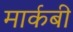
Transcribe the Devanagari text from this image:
मार्कबी